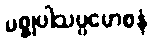
မစ္စုပါသပ္ပမောစနံ